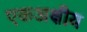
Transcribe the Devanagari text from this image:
एकअक्षीय